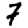
Digit: 7